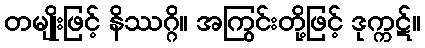
တမျိုးဖြင့် နိဿဂ္ဂိ။ အကြွင်းတို့ဖြင့် ဒုက္ကဋ်။